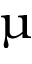
\upmu